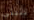
تثبتي